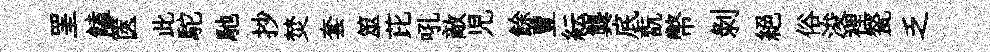
罣饁篋此駝馳抄焚套筮芘吼敵児餘豊紜龔底翫幣剥絕俗浚裡甃乏